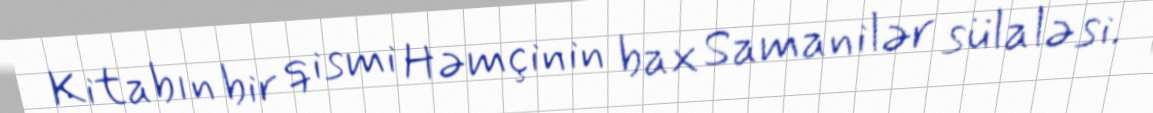
Kitabın bir qismi Həmçinin bax Samanilər sülaləsi.